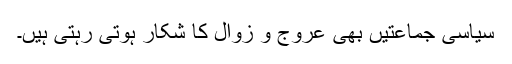
سیاسی جماعتیں بھی عروج و زوال کا شکار ہوتی رہتی ہیں۔